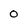
Character: 0